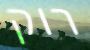
רוק